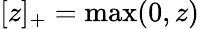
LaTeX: [z]_{+}=\operatorname*{max}(0,z)